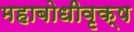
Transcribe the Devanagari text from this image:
महाबोधीवृक्ष